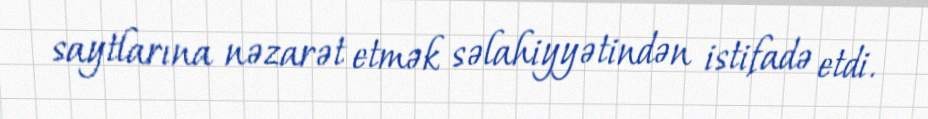
saytlarına nəzarət etmək səlahiyyətindən istifadə etdi.